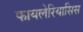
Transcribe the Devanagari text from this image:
फायलेरियासिस